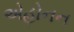
એહોનન